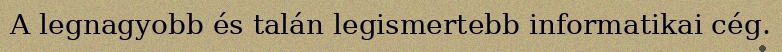
A legnagyobb és talán legismertebb informatikai cég.